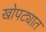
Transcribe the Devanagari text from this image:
खोपट्यात